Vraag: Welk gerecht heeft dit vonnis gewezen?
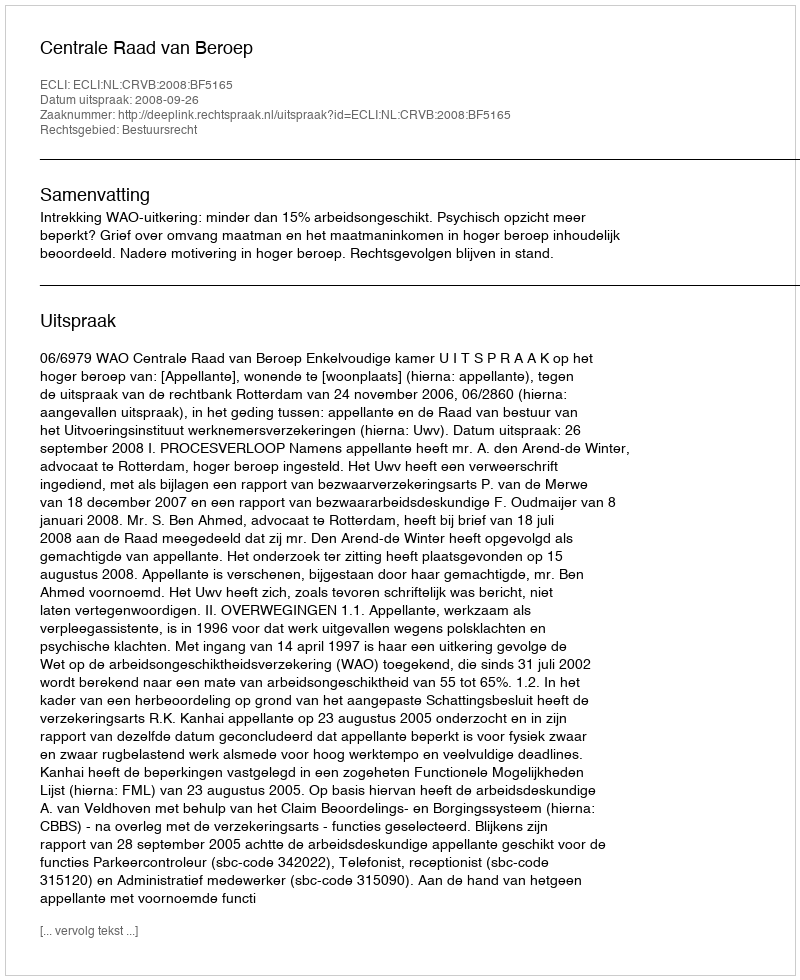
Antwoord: Centrale Raad van Beroep